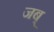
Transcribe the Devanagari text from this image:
जब्